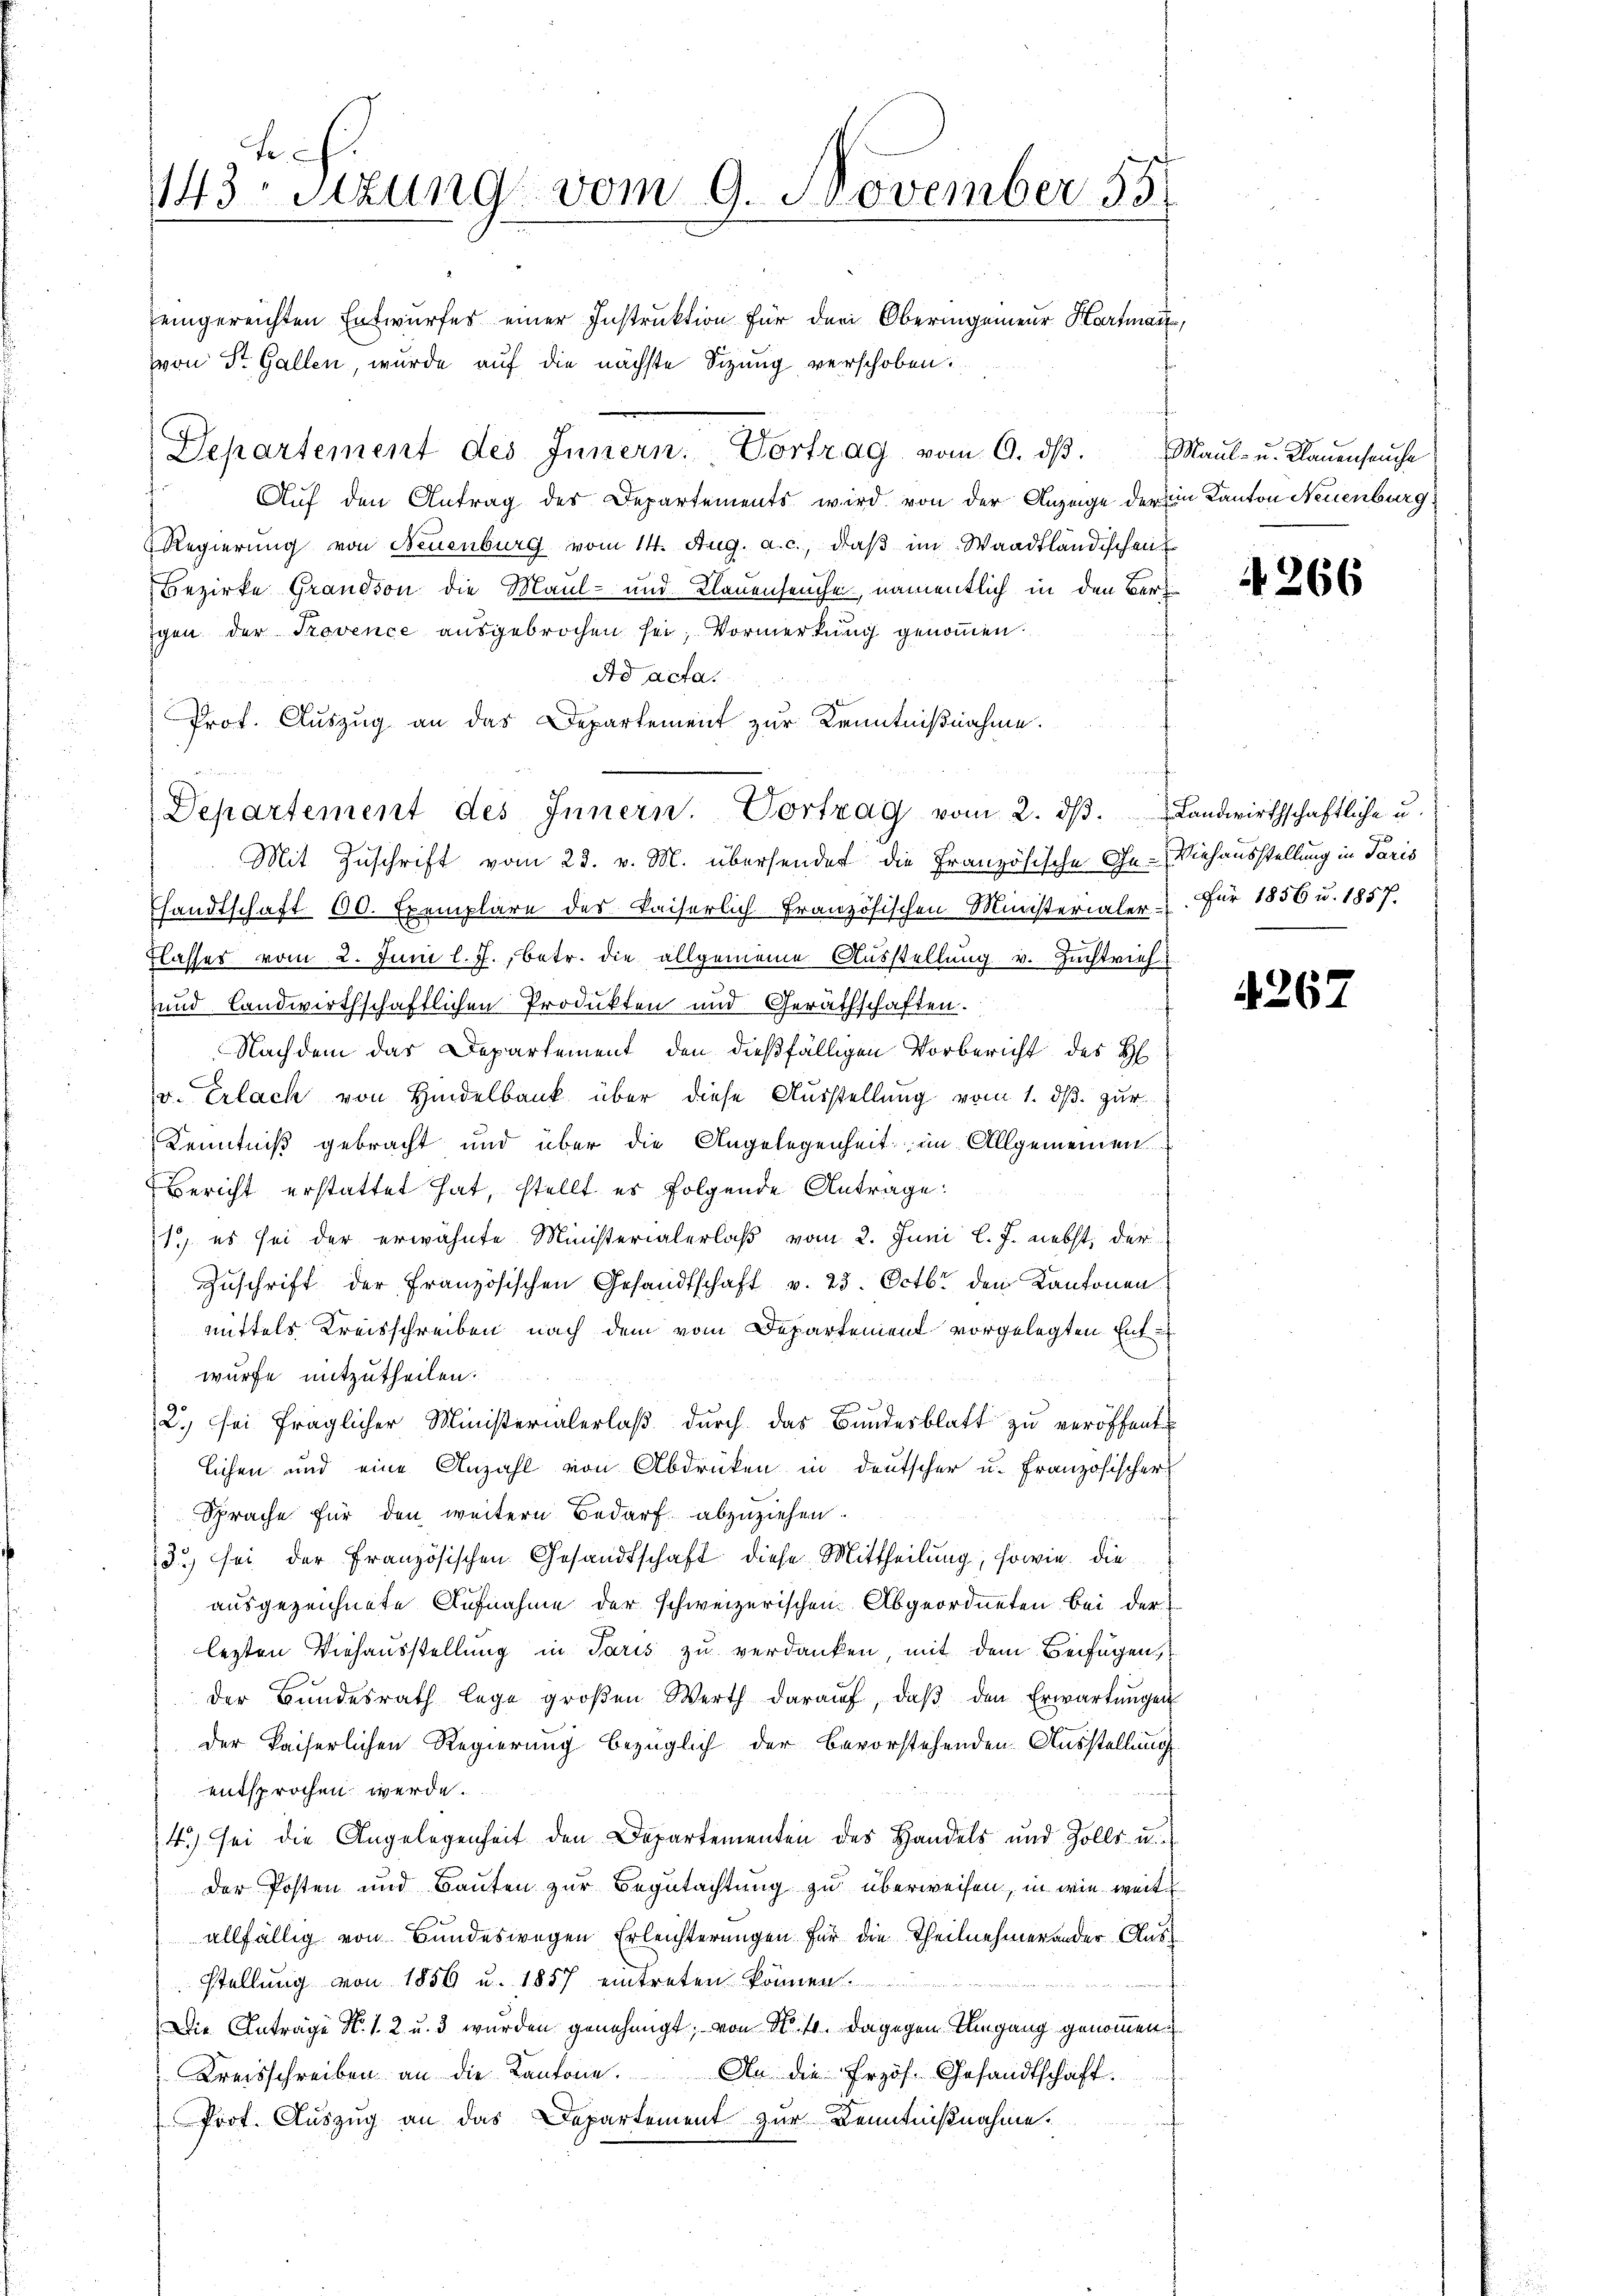
te
143 sizung vom 9. November 18
eingereichten Entwurfes einer Instruktion für dari Oberingenieur Hartmann,

von St. Gallen, wurde auf die nächste Sizung verschoben.
Departement des Innern: Vortrag vom 9. dβ. Maul- u. Klaŭensaŭche
Auf den Antrag des Departements wird von der Anzeige der ein Kanton Neuenburg
Regierung von Neuenburg vom 14. Aug. a. c., daß im Waadtländischen
Bezirke Grandson die Maul- und Klauenseuchen, namentlich in den Verigen der Provence ausgebrochen sei; Vormerkung genommen.
Ad acta.
Prof. Auszug an das Departement zur Kenntnißnahme.
Mit Zuschrift vom 23. v. M. übersender die Französische Ge- Viehausstellung in Paris
Thandtschaft 60. Exemplare des Kaiserlich französischen Ministerialer - für 1856 u. 1857.
flasses vom 2. Juni l. J., betr. die allgemeine Ausstellung v. Zuchtrief
und Landwirthschaftlichen Produkten und Geräthschaften.
Nachdem das Departement den dießfälligen Vorbericht des H
v. Erlach von Hindelbank über diese Ausstellung vom 1. ds. zur
Kenntniß gebracht und über die Angelegenheit im Allgemeinen
Bericht erstattet hat, stellt es folgende Antrage:
1) es sei der erwähnte Ministerialerlaß vom 2. Juni l. J. nebst, der
Zŭschrift der französischen Gesandtschaft v. 25. Octbr. den Kantonen
mittels Kreisschreiben nach dem vom Departement vorgelegten Entwurfe mitzutheilen.
2. sei fraglicher Ministerialerlaβ dŭrch das Bundesblatt zŭ veröffent
lichen und eine Anzahl von Abdrücken in deutscher u. Französischer
Sprache für den weitern Bedarf abzuziehen.
13.) sei der Französischen Gesandtschaft diese Mittheilung, sowie die
ausgezeichnete Aufnahme der schweizerischen Abgeordneten bei der
lezten Viehausstellung in Paris zu verdanken, mit dem Beifügen,
der Bundesrath lege groβen Werth daraŭf, daβ den Erwartŭngen
der kaiserlichen Regierung bezüglich der bevorstehenden Ausstellung
entsprochen werde.
f
4.) sei die Angelegenheit den Departementen des Handels und Zolls- u.
der Posten und Bauten zur Begutachtung zu überweisen, in wie weit
allfällig von Bundeswegen Erleichterungen für die Theilnehmer ander Ausstellung von 1856 u. 1857 eintreten können.
Die Anträge N. 1. 2 u. 3 wurden genehmigt, von No 10. Dagegen Umgang genommen.
Kreisschreiben an die Kantone. An die frzös. Gesandtschaft.
Prot. Auszug an das Departement zur Kenntnißnahme.

Departement des Innern. Vortrag vom 2. dβ. Landwirthschaftliche u.

4266

4267